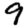
Digit: 9